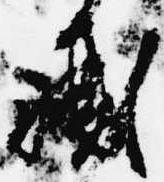
職